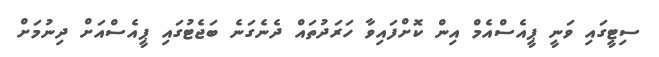
ސިޓީގައި ވަނީ ޕީއެސްއެމް އިން ކޮށްފައިވާ ހަރަދުތައް ދެނެގަނެ ބަޖެޓުގައި ޕީއެސްއަށް ދިނުމަށް